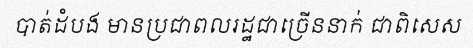
បាត់ដំបង មានប្រជាពលរដ្ឋជាច្រើននាក់ ជាពិសេស